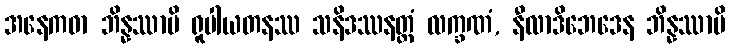
အနေကဓာ ဘိန္နဿာပိ ရူပါယတနဿ သနိဒဿနတ္တံ လက္ခဏံ, နီလာဒိဘေဒေန ဘိန္နဿာပိ